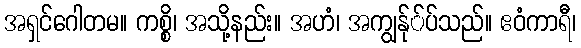
အရှင်ဂေါတမ။ ကစ္စိ၊ အသို့နည်း။ အဟံ၊ အကျွန်ု်ပ်သည်။ ဧဝံကာရီ၊